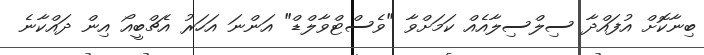
ބިނާކޮށް އުފައްދާ ސިލްސިލާއެއް ކަމަށްވާ "ވެސްޓްވާލްޑް" އަންނަ އަހަރު އެޗްބީއޯ އިން ދައްކާނެ